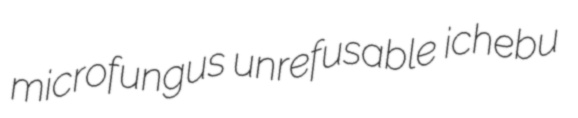
microfungus unrefusable ichebu